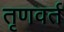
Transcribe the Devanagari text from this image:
तृणवर्त